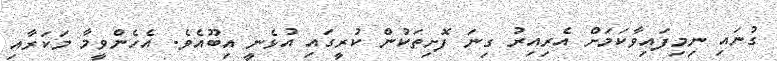
ގުނައި ނިމިފައިވާކަމަށް އެރިއިރު ގިނަ ފޮށިތަކުން ކުރީގައި އުޅެނީ އިބޫއެވެ. އެހެންވީމާ މަކަރާއި